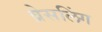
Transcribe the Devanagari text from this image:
व्रेसलिंग